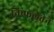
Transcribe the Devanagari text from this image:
निष्फलतेने